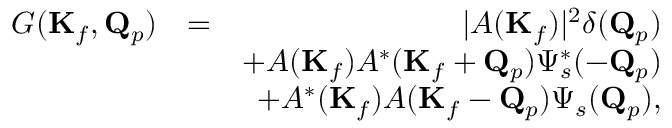
\begin{array} { r l r } { G ( \mathbf { K } _ { f } , \mathbf { Q } _ { p } ) } & { = } & { | A ( \mathbf { K } _ { f } ) | ^ { 2 } \delta ( \mathbf { Q } _ { p } ) } \\ & { } & { + A ( \mathbf { K } _ { f } ) A ^ { * } ( \mathbf { K } _ { f } + \mathbf { Q } _ { p } ) \Psi _ { s } ^ { * } ( - \mathbf { Q } _ { p } ) } \\ & { } & { + A ^ { * } ( \mathbf { K } _ { f } ) A ( \mathbf { K } _ { f } - \mathbf { Q } _ { p } ) \Psi _ { s } ( \mathbf { Q } _ { p } ) , } \end{array}